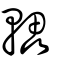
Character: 轠